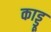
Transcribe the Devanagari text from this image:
काड्डू